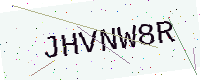
Text: JHVNW8R